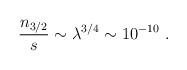
LaTeX: \begin{align*}{n_{3/2}\over s} \sim \lambda^{3/4} \sim 10^{-10} \ .\end{align*}